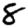
Digit: 8